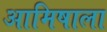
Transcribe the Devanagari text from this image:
आमिषाला